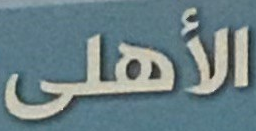
الأهلى